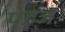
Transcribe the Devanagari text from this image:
पेइज